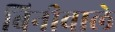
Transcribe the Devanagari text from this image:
बिनीवाले